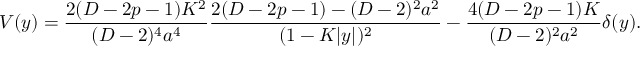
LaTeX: V ( y ) = { \frac { 2 ( D - 2 p - 1 ) K ^ { 2 } } { ( D - 2 ) ^ { 4 } a ^ { 4 } } } { \frac { 2 ( D - 2 p - 1 ) - ( D - 2 ) ^ { 2 } a ^ { 2 } } { ( 1 - K | y | ) ^ { 2 } } } - { \frac { 4 ( D - 2 p - 1 ) K } { ( D - 2 ) ^ { 2 } a ^ { 2 } } } \delta ( y ) .